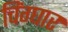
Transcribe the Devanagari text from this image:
चिंग्घार